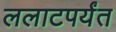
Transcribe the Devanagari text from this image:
ललाटपर्यंत